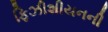
ફિઝીશીયનની